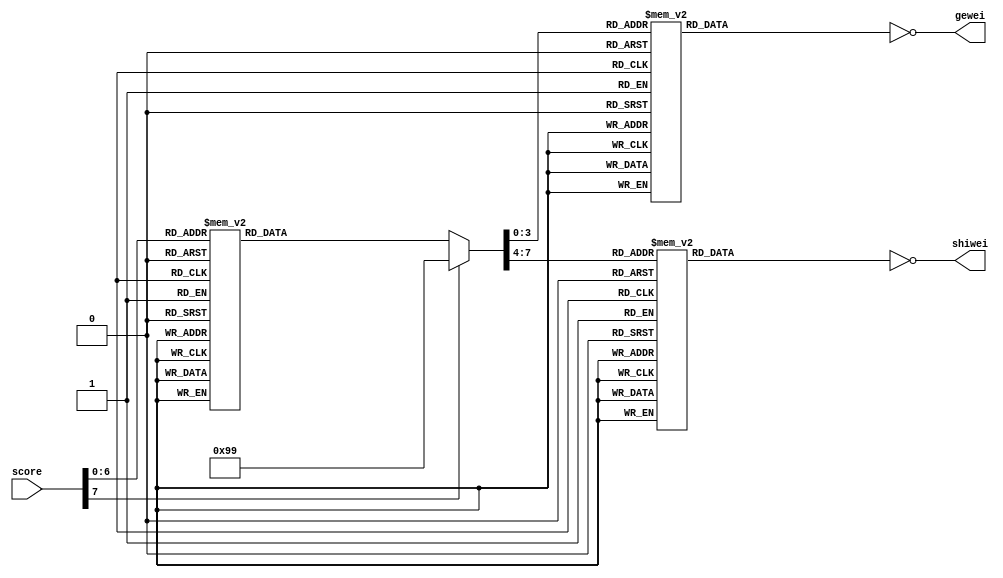
`timescale 1ns / 1ps
//////////////////////////////////////////////////////////////////////////////////
// Design Name: snake
// Module Name: score_display
// Description: 
//////////////////////////////////////////////////////////////////////////////////


module score_display(
    input [7:0] score,
    output [6:0] gewei,
    output [6:0] shiwei
    );

reg [7:0] bcd=0;
reg [6:0] g;
reg [6:0] s;

assign gewei=~g;
assign shiwei=~s;

always@(*)begin
	case(score)
	7'd00:bcd<=8'h00;
	7'd01:bcd<=8'h01;7'd02:bcd<=8'h02;7'd03:bcd<=8'h03;7'd04:bcd<=8'h04;7'd05:bcd<=8'h05;
	7'd06:bcd<=8'h06;7'd07:bcd<=8'h07;7'd08:bcd<=8'h08;7'd09:bcd<=8'h09;7'd10:bcd<=8'h10;
	7'd11:bcd<=8'h11;7'd12:bcd<=8'h12;7'd13:bcd<=8'h13;7'd14:bcd<=8'h14;7'd15:bcd<=8'h15;
	7'd16:bcd<=8'h16;7'd17:bcd<=8'h17;7'd18:bcd<=8'h18;7'd19:bcd<=8'h19;7'd20:bcd<=8'h20;
	7'd21:bcd<=8'h21;7'd22:bcd<=8'h22;7'd23:bcd<=8'h23;7'd24:bcd<=8'h24;7'd25:bcd<=8'h25;
	7'd26:bcd<=8'h26;7'd27:bcd<=8'h27;7'd28:bcd<=8'h28;7'd29:bcd<=8'h29;7'd30:bcd<=8'h30;
	7'd31:bcd<=8'h31;7'd32:bcd<=8'h32;7'd33:bcd<=8'h33;7'd34:bcd<=8'h34;7'd35:bcd<=8'h35;
	7'd36:bcd<=8'h36;7'd37:bcd<=8'h37;7'd38:bcd<=8'h38;7'd39:bcd<=8'h39;7'd40:bcd<=8'h40;
	7'd41:bcd<=8'h41;7'd42:bcd<=8'h42;7'd43:bcd<=8'h43;7'd44:bcd<=8'h44;7'd45:bcd<=8'h45;
	7'd46:bcd<=8'h46;7'd47:bcd<=8'h47;7'd48:bcd<=8'h48;7'd49:bcd<=8'h49;7'd50:bcd<=8'h50;
	7'd51:bcd<=8'h51;7'd52:bcd<=8'h52;7'd53:bcd<=8'h53;7'd54:bcd<=8'h54;7'd55:bcd<=8'h55;
	7'd56:bcd<=8'h56;7'd57:bcd<=8'h57;7'd58:bcd<=8'h58;7'd59:bcd<=8'h59;7'd60:bcd<=8'h60;
	7'd61:bcd<=8'h61;7'd62:bcd<=8'h62;7'd63:bcd<=8'h63;7'd64:bcd<=8'h64;7'd65:bcd<=8'h65;
	7'd66:bcd<=8'h66;7'd67:bcd<=8'h67;7'd68:bcd<=8'h68;7'd69:bcd<=8'h69;7'd70:bcd<=8'h70;
	7'd71:bcd<=8'h71;7'd72:bcd<=8'h72;7'd73:bcd<=8'h73;7'd74:bcd<=8'h74;7'd75:bcd<=8'h75;
	7'd76:bcd<=8'h76;7'd77:bcd<=8'h77;7'd78:bcd<=8'h78;7'd79:bcd<=8'h79;7'd80:bcd<=8'h80;
	7'd81:bcd<=8'h81;7'd82:bcd<=8'h82;7'd83:bcd<=8'h83;7'd84:bcd<=8'h84;7'd85:bcd<=8'h85;
	7'd86:bcd<=8'h86;7'd87:bcd<=8'h87;7'd88:bcd<=8'h88;7'd89:bcd<=8'h89;7'd90:bcd<=8'h90;
	7'd91:bcd<=8'h91;7'd92:bcd<=8'h92;7'd93:bcd<=8'h93;7'd94:bcd<=8'h94;7'd95:bcd<=8'h95;
	7'd96:bcd<=8'h96;7'd97:bcd<=8'h97;7'd98:bcd<=8'h98;7'd99:bcd<=8'h99;
	default:bcd<=8'h99;
	endcase
end

always@(*)begin
case (bcd[3:0] )
	4'b0000: g = 7'b0111111; // 0
	4'b0001: g = 7'b0000110; // 1
	4'b0010: g = 7'b1011011; // 2
	4'b0011: g = 7'b1001111; // 3
	4'b0100: g = 7'b1100110; // 4
	4'b0101: g = 7'b1101101; // 5
	4'b0110: g = 7'b1111101; // 6
	4'b0111: g = 7'b0000111; // 7
	4'b1000: g = 7'b1111111; // 8
	4'b1001: g = 7'b1101111; // 9
	default: g = 7'b0000000;
endcase
end

always@(*)begin
case (bcd[7:4] )
	4'b0000: s = 7'b0111111; // 0
	4'b0001: s = 7'b0000110; // 1
	4'b0010: s = 7'b1011011; // 2
	4'b0011: s = 7'b1001111; // 3
	4'b0100: s = 7'b1100110; // 4
	4'b0101: s = 7'b1101101; // 5
	4'b0110: s = 7'b1111101; // 6
	4'b0111: s = 7'b0000111; // 7
	4'b1000: s = 7'b1111111; // 8
	4'b1001: s = 7'b1101111; // 9
	default: s = 7'b0000000;
endcase
end
	
endmodule